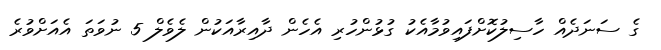
ގެ ސަނަދެއް ހާސިލުކޮށްފައިވުމާއެކު ގުޅުންހުރި އެހެން ދާއިރާއަކުން ލެވެލް 5 ނުވަތަ އެއަށްވުރެ